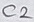
Text: C2